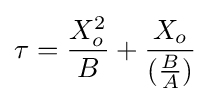
\tau ={\frac {X_{o}^{2}}{B}}+{\frac {X_{o}}{({\frac {B}{A}})}}